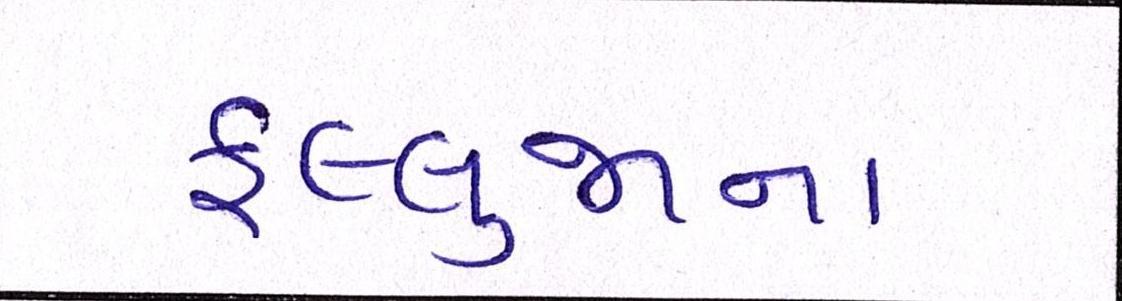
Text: ફલ્લુજાના